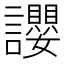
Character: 𧮆